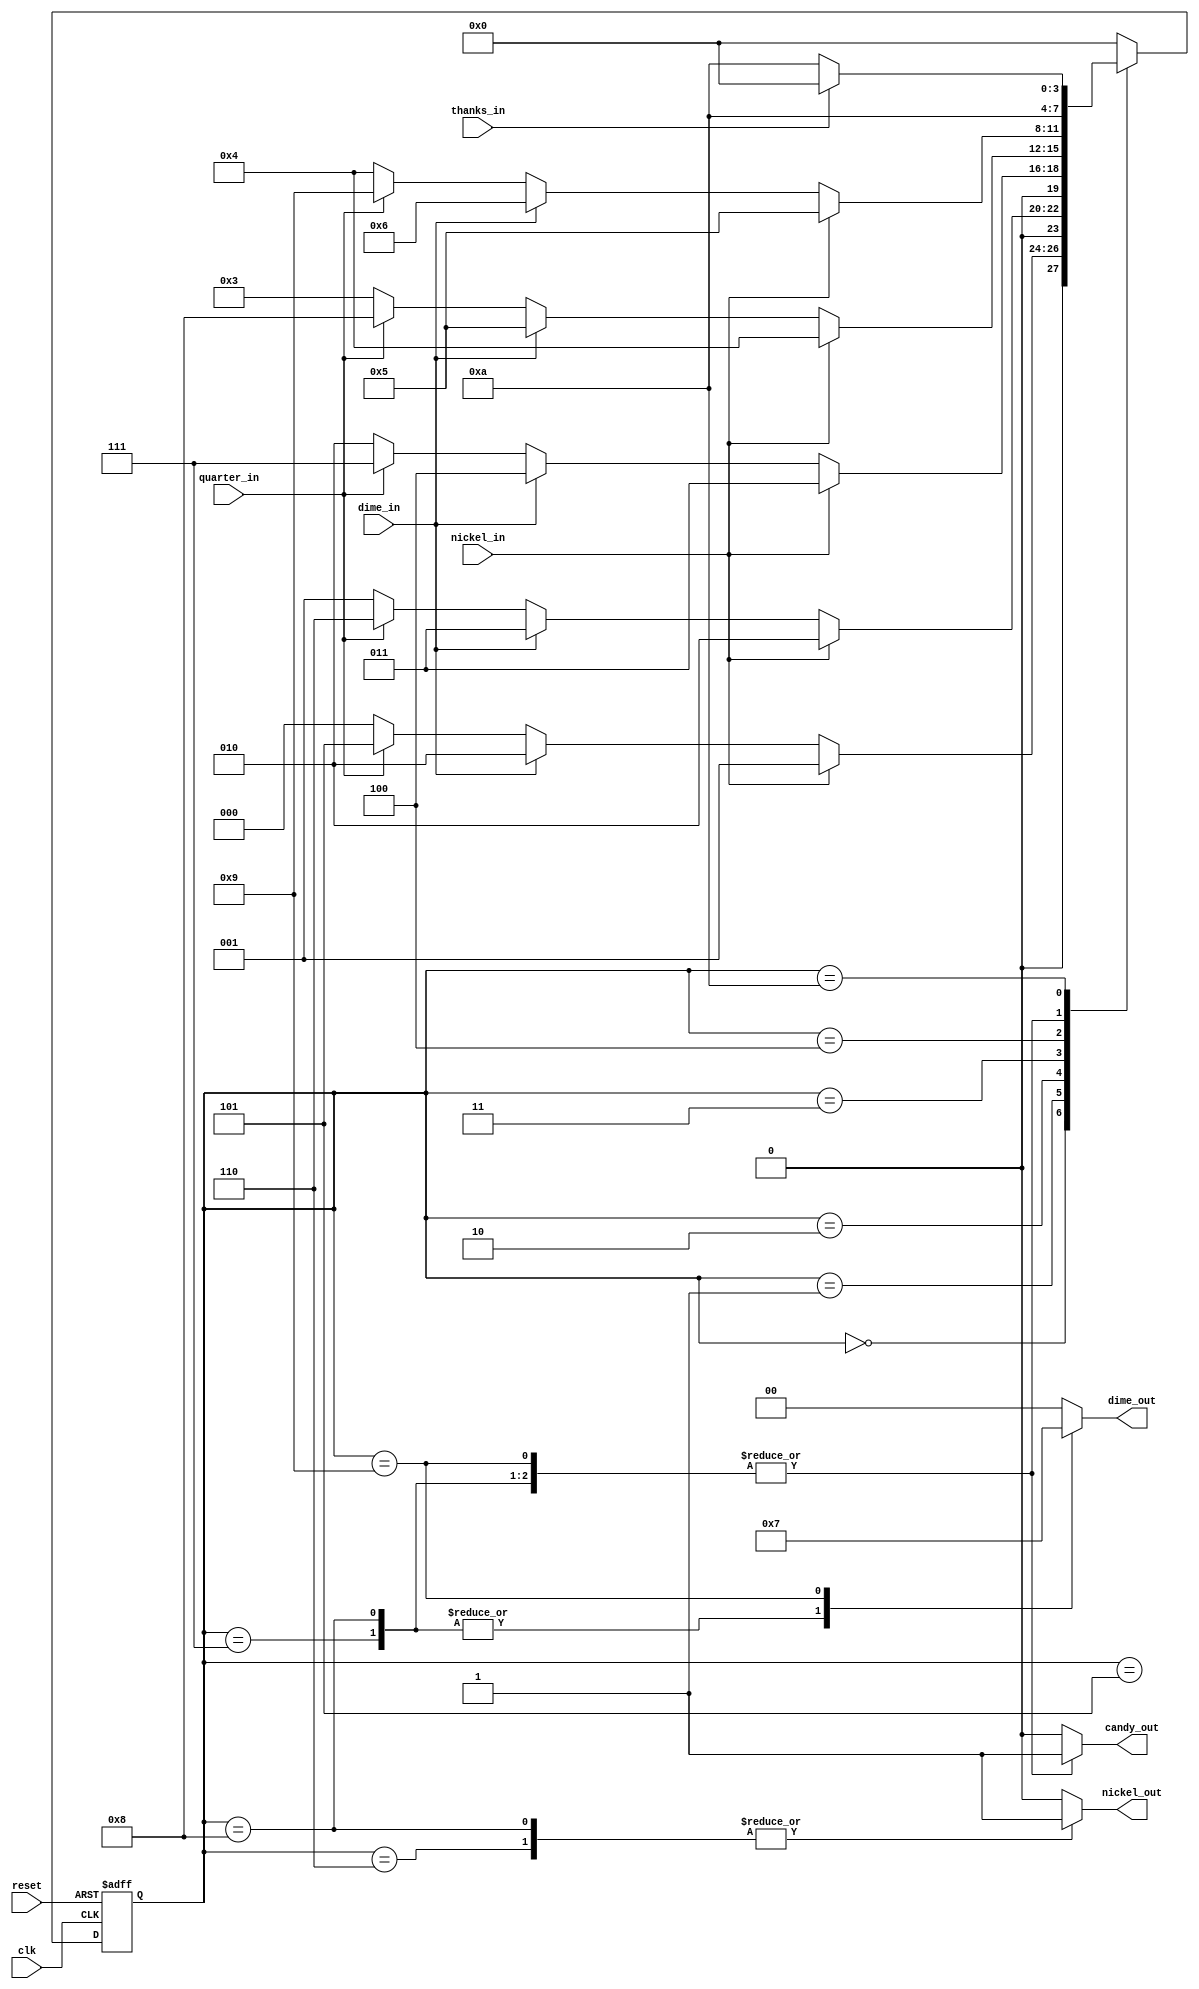
`timescale 1ns / 1ps
//////////////////////////////////////////////////////////////////////////////////
// Company: 
// Engineer: 
// 
// Design Name: 
// Module Name: vending_machine
// Project Name: 
// Target Devices: 
// Tool Versions: 
// Description: 
// 
// Dependencies: 
// 
// Revision:
// Revision 0.01 - File Created
// Additional Comments:
// 
//////////////////////////////////////////////////////////////////////////////////

`define st0 4'b0000
`define st5 4'b0001
`define st10 4'b0010
`define st15 4'b0011
`define st20 4'b0100
`define st25 4'b0101
`define st30 4'b0110
`define st35 4'b0111
`define st40 4'b1000
`define st45 4'b1001
`define swait 4'b1010

module vending_machine(
    input clk,
    input reset,
    input nickel_in,
    input dime_in,
    input quarter_in,
    input thanks_in,
    output reg candy_out,
    output reg nickel_out,
    output reg [1:0] dime_out
    );

    reg [3:0] state;
    reg [3:0] next_state;

    always@* begin
        case(state)
            `st0:
            begin
                candy_out = 1'b0;
                nickel_out = 1'b0;
                dime_out = 2'b00;
                if(nickel_in)
                    next_state = `st5;
                else if(dime_in)
                    next_state = `st10;
                else if(quarter_in)
                    next_state = `st25;
                else
                    next_state = `st0;
            end
            `st5:
            begin
                candy_out = 1'b0;
                nickel_out = 1'b0;
                dime_out = 2'b00;
                if(nickel_in)
                    next_state = `st10;
                else if(dime_in)
                    next_state = `st15;
                else if(quarter_in)
                    next_state = `st30;
                else
                    next_state = `st5;
            end
            `st10:
            begin
                candy_out = 1'b0;
                nickel_out = 1'b0;
                dime_out = 2'b00;
                if(nickel_in)
                    next_state = `st15;
                else if(dime_in)
                    next_state = `st20;
                else if(quarter_in)
                    next_state = `st35;
                else
                    next_state = `st10;
            end
            `st15:
            begin
                candy_out = 1'b0;
                nickel_out = 1'b0;
                dime_out = 2'b00;
                if(nickel_in)
                    next_state = `st20;
                else if(dime_in)
                    next_state = `st25;
                else if(quarter_in)
                    next_state = `st40;
                else
                    next_state = `st15;
            end
            `st20:
            begin
                candy_out = 1'b0;
                nickel_out = 1'b0;
                dime_out = 2'b00;
                if(nickel_in)
                    next_state = `st25;
                else if(dime_in)
                    next_state = `st30;
                else if(quarter_in)
                    next_state = `st45;
                else
                    next_state = `st20;
            end
            `st25:
            begin
                candy_out = 1'b1;
                nickel_out = 1'b0;
                dime_out = 2'b00;
                next_state = `swait;
            end
            `st30:
            begin
                candy_out = 1'b1;
                nickel_out = 1'b1;
                dime_out = 2'b00;
                next_state = `swait;
            end
            `st35:
            begin
                candy_out = 1'b1;
                nickel_out = 1'b0;
                dime_out = 2'b01;
                next_state = `swait;
            end
            `st40:
            begin
                candy_out = 1'b1;
                nickel_out = 1'b1;
                dime_out = 2'b01;
                next_state = `swait;
            end
            `st45:
            begin
                candy_out = 1'b1;
                nickel_out = 1'b0;
                dime_out = 2'b11;
                next_state = `swait;
            end
            `swait:
            begin
                candy_out = 1'b0;
                nickel_out = 1'b0;
                dime_out = 2'b00;
                if(thanks_in)
                    next_state = `st0;
                else
                    next_state = `swait;
            end
            default:
            begin
                candy_out = 1'b0;
                nickel_out = 1'b0;
                dime_out = 2'b00;
                next_state = `st0;
            end
        endcase
    end

    always @(posedge clk or posedge reset)
    begin
        if(reset)
            state <= `st0;
        else
            state <= next_state;
    end
endmodule